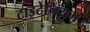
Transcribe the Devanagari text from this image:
टाइटेनियम।